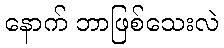
နောက် ဘာဖြစ်သေးလဲ